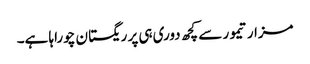
مزار تیمور سے کچھ دوری ہی پر ریگستان چوراہا ہے۔